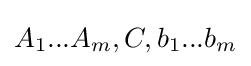
A_{1}...A_{m},C,b_{1}...b_{m}